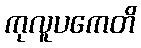
ကုလူပကေတိ